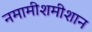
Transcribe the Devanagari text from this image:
नमामीशमीशान